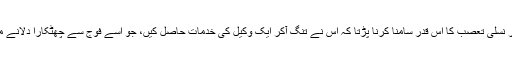
ندال کو مذہبی، اور نسلی تعصب کا اس قدر سامنا کرنا پڑتا کہ اس نے تنگ آکر ایک وکیل کی خدمات حاصل کیں، جو اسے فوج سے چھٹکارا دلانے میں مدد کررہا تھا۔